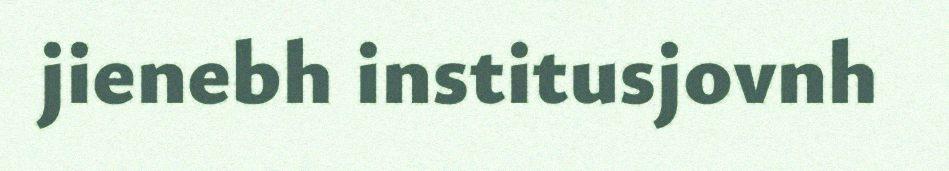
jienebh institusjovnh